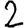
Digit: 2